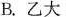
B.乙大